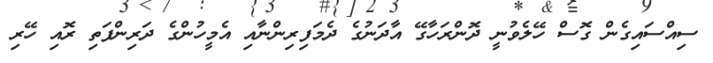
ސިއްސައިގެން ގޮސް ހޭލެވުނީ ދޮންރަހާގޭ އާދަނުގެ ދެމަފިރިންނާއި އެމީހުންގެ ދަރިންފަތި ރޮއި ހޭރި